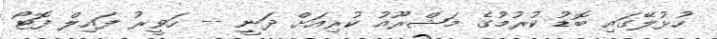
ހުޅުލޭގައި ބޮޑު ކުރުމުގެ މަޝްރޫއު ކުރިއަށް ދަނީ -- ހަވީރު ފައިލް ފޮޓޯ